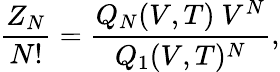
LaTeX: \frac{Z_{N}}{N!}=\frac{Q_{N}(V,T)~V^{N}}{Q_{1}(V,T)^{N}},